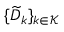
\{ \widetilde { D } _ { k } \} _ { k \in \mathcal K }